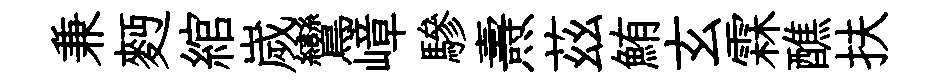
兼麪綰嵗鸞嶂驂燾茲鮪玄霖醮扶